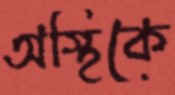
অস্থিকে